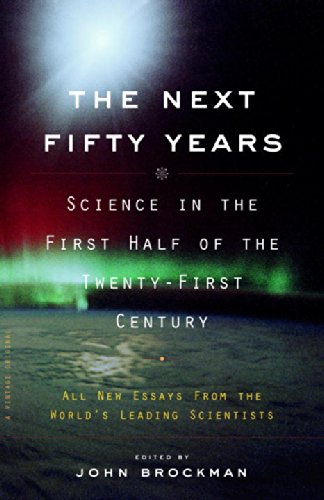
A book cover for The Next Fifty Years: Science in the First Half of the Twenty-first Century; Science & Math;